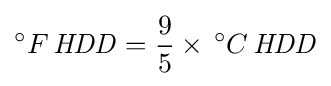
^{\circ }F\,{\mathit {HDD}}={\frac {9}{5}}\times \,^{\circ }C\,{\mathit {HDD}}